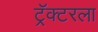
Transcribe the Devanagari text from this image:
ट्रॅक्टरला